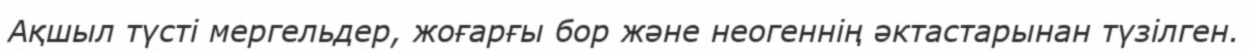
Ақшыл түсті мергельдер, жоғарғы бор және неогеннің әктастарынан түзілген.